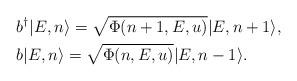
LaTeX: \begin{align*} & b^{\dagger}|E, n\rangle=\sqrt{\Phi(n+1,E,u)}|E,n+1\rangle, \\ & b|E, n\rangle=\sqrt{\Phi(n,E,u)}|E,n-1\rangle.\end{align*}